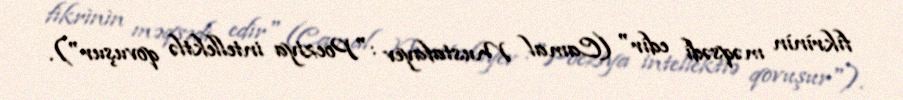
fìkrìnìn məqsədì edìr" (Camal Mustafayev :"Poeziya intellektlə qovuşur").